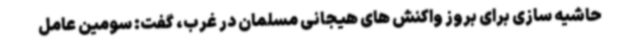
حاشیه سازی برای بروز واکنش های هیجانی مسلمان در غرب، گفت: سومین عامل